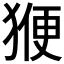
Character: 𭸝